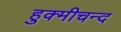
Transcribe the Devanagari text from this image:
हुक्मीचन्द